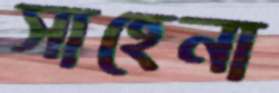
সাহেনা